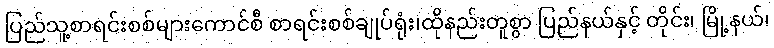
ပြည်သူ့စာရင်းစစ်များကောင်စီ စာရင်းစစ်ချုပ်ရုံး၊ထိုနည်းတူစွာ ပြည်နယ်နှင့် တိုင်း၊ မြို့နယ်၊